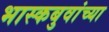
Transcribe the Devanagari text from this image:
भास्कबुवांच्या